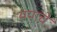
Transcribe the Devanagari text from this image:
ययांचें